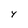
Character: 4